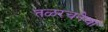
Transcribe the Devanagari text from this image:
तळरचनेचा